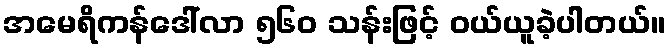
အမေရိကန်ဒေါ်လာ ၅၆၀ သန်းဖြင့် ဝယ်ယူခဲ့ပါတယ်။